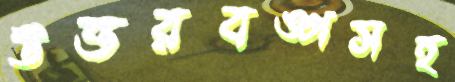
উত্তরবঙ্গসহ